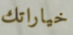
خياراتك